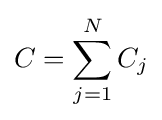
C=\sum _{j=1}^{N}C_{j}